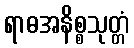
ရာဓအနိစ္စသုတ္တံ